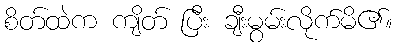
စိတ်ထဲက ကျိတ် ပြီး ချီးမွမ်းလိုက်မိ၏။